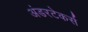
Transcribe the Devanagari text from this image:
अंडरटेकर्स